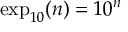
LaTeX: \exp _ { 1 0 } ( n ) = 1 0 ^ { n }